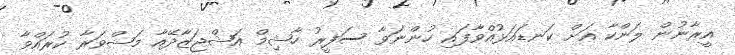
އީރާނުން ލަންކާ އަށް ކަނޑައަޅުއްވާފައި ހުންނަވާ ސަފީރު ހާޝިމް އަޝްޖަޒާދޭއާ މަޝްވަރާ ކުރައްވާ